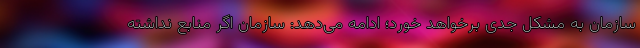
سازمان به مشکل جدی برخواهد خورد؛ ادامه می‌دهد: سازمان اگر منابع نداشته